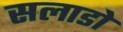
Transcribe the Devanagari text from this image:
सलाडो